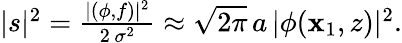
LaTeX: \begin{array}{r}{|s|^{2}=\frac{|(\phi,f)|^{2}}{2\, \sigma^{2}}\approx\sqrt{2\pi}\, a\, |\phi(\mathbf{x}_{1},z)|^{2}.}\end{array}